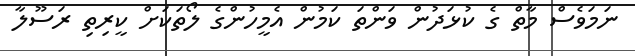
ނަމަވެސް މާތް ގެ ކުޅަދުން ވަންތަ ކަމުން އެމީހުންގެ ލޯތަކަށް ކީރިތި ރަސޫލާ